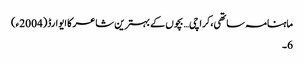
ماہنامہ ساتھی،کراچی… بچوں کے بہترین شاعر کا ایوارڈ(2004ء)
6۔